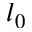
l _ { 0 }